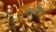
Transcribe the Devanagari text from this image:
भाबेंदर